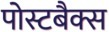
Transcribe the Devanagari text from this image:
पोस्टबैक्स